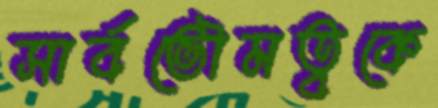
সার্বভৌমত্বকে